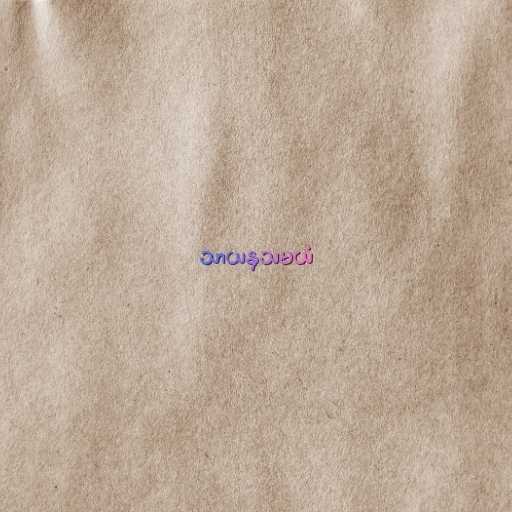
သာယနှသမယံ